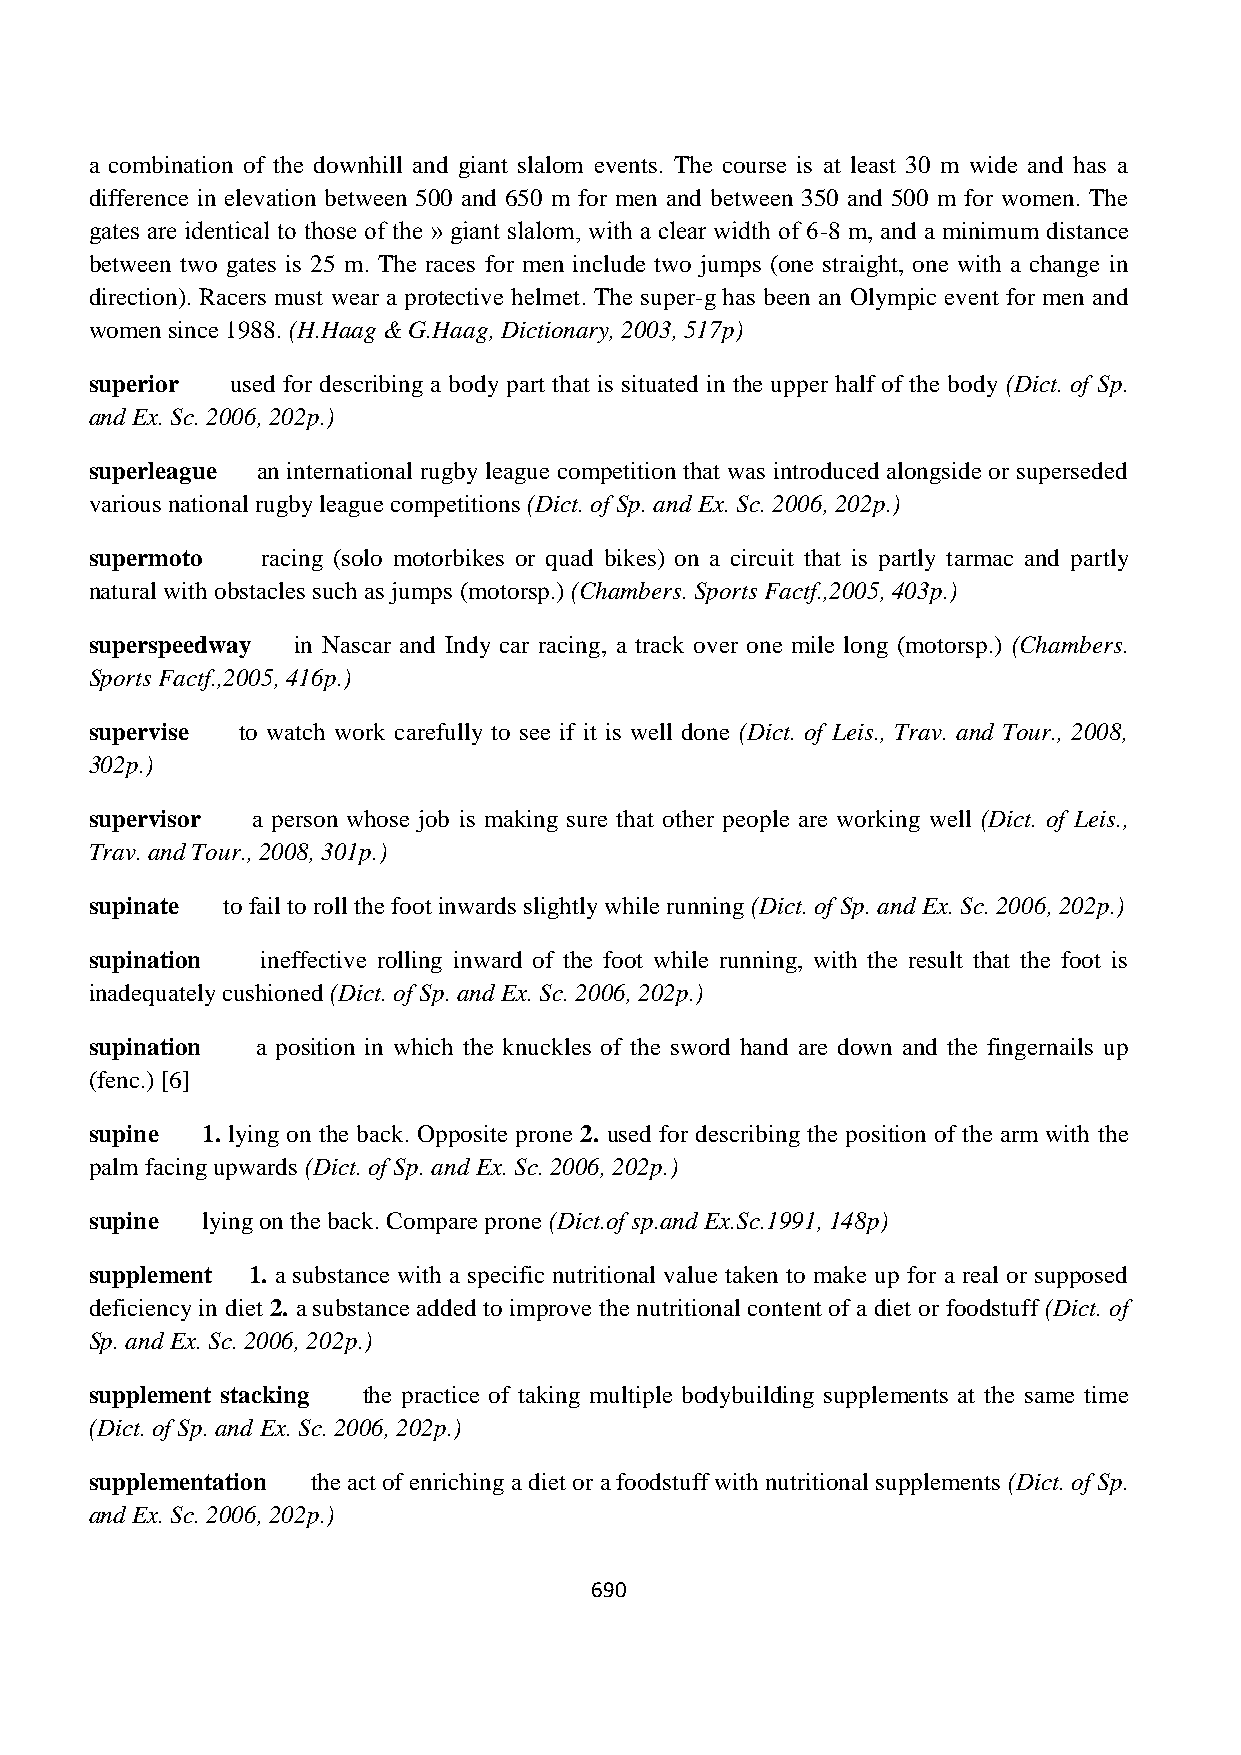
a combination of the downhill and giant slalom events. The course is at least 30 m wide and has a
 difference in elevation between 500 and 650 m for men and between 350 and 500 m for women. The
 gates are identical to those of the » giant slalom, with a clear width of 6-8 m, and a minimum distance
 between two gates is 25 m. The races for men include two jumps (one straight, one with a change in
 direction). Racers must wear a protective helmet. The super-g has been an Olympic event for men and
 women since 1988. (H.Haag & G.Haag, Dictionary, 2003, 517p)
 superior used for describing a body part that is situated in the upper half of the body (Dict. of Sp.
 and Ex. Sc. 2006, 202p.)
 superleague an international rugby league competition that was introduced alongside or superseded
 various national rugby league competitions (Dict. of Sp. and Ex. Sc. 2006, 202p.)
 supermoto  racing (solo motorbikes or quad bikes) on a circuit that is partly tarmac and partly
 natural with obstacles such as jumps (motorsp.) (Chambers. Sports Factf.,2005, 403p.)
 superspeedway in Nascar and Indy car racing, a track over one mile long (motorsp.) (Chambers.
 Sports Factf.,2005, 416p.)
 supervise to watch work carefully to see if it is well done (Dict. of Leis., Trav. and Tour., 2008,
 302p.)
 supervisor a person whose job is making sure that other people are working well (Dict. of Leis.,
 Trav. and Tour., 2008, 301p.)
 supinate to fail to roll the foot inwards slightly while running (Dict. of Sp. and Ex. Sc. 2006, 202p.)
 supination ineffective rolling inward of the foot while running, with the result that the foot is
 inadequately cushioned (Dict. of Sp. and Ex. Sc. 2006, 202p.)
 supination a position in which the knuckles of the sword hand are down and the fingernails up
 (fenc.) [6]
 supine 1. lying on the back. Opposite prone 2. used for describing the position of the arm with the
 palm facing upwards (Dict. of Sp. and Ex. Sc. 2006, 202p.)
 supine lying on the back. Compare prone (Dict.of sp.and Ex.Sc.1991, 148p)
 supplement 1. a substance with a specific nutritional value taken to make up for a real or supposed
 deficiency in diet 2. a substance added to improve the nutritional content of a diet or foodstuff (Dict. of
 Sp. and Ex. Sc. 2006, 202p.)
 supplement stacking the practice of taking multiple bodybuilding supplements at the same time
 (Dict. of Sp. and Ex. Sc. 2006, 202p.)
 supplementation the act of enriching a diet or a foodstuff with nutritional supplements (Dict. of Sp.
 and Ex. Sc. 2006, 202p.)
 690